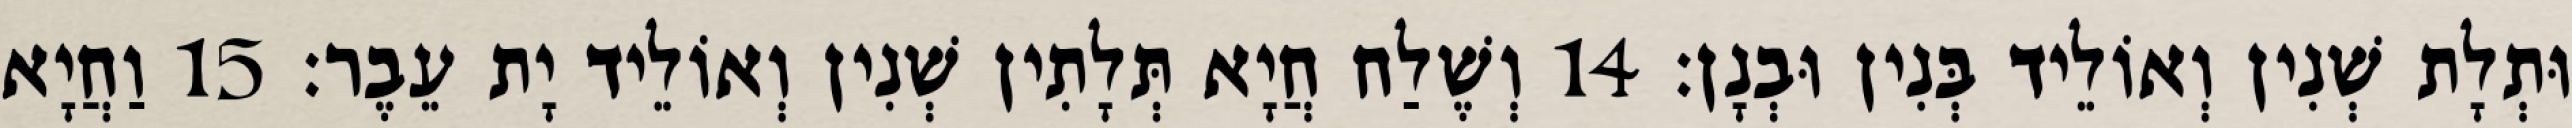
וּתְלָת שְׁנִין וְאוֹלֵיד בְּנִין וּבְנָן׃ 14 וְשֶׁלַח חֲיָא תְּלָתִין שְׁנִין וְאוֹלֵיד יָת עֵבֶר׃ 15 וַחֲיָא